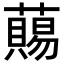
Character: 𧀩